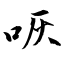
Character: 咴